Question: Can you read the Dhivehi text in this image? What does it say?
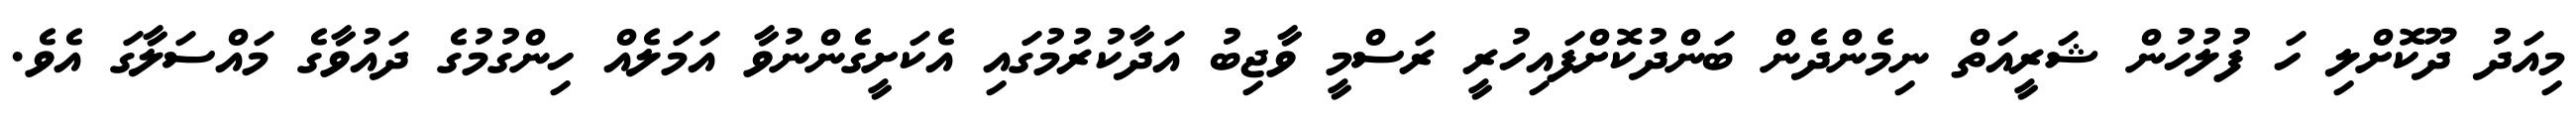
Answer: މިއަދު ދޫކޮށްލި ހަ ފުލުހުން ޝަރީއަތް ނިމެންދެން ބަންދުކޮށްފައިހުރީ ރަސްމީ ވާޖިބު އަދާކުރުމުގައި އެކަށީގެންނުވާ އަމަލެއް ހިންގުމުގެ ދައުވާގެ މައްސަލާގަ އެވެ.